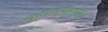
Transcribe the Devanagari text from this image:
कुचंल्याच्या